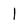
Character: l